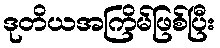
ဒုတိယအကြိမ်ဖြစ်ပြီး